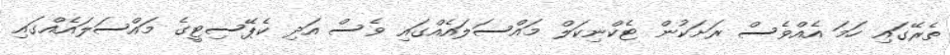
ތެރޭގައި ހަމަ އެއްވެސް ރަށަކުން ޓެކްނިކަލް މައްސަލައެއްގައި ވެސް އަދި ކެޕޭސިޓީގެ މައްސަލައެއްގައި